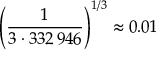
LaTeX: \left( { \frac { 1 } { 3 \cdot 3 3 2 \, 9 4 6 } } \right) ^ { 1 / 3 } \approx 0 . 0 1